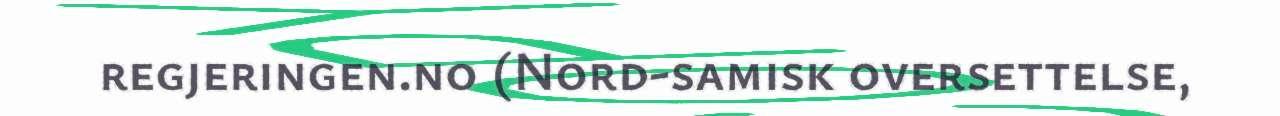
regjeringen.no (Nord-samisk oversettelse,